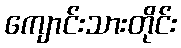
ကျောင်းသားတိုင်း